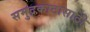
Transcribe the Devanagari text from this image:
समुद्रकाठासाठी